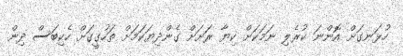
ހުޅަނގަށް އޮންނަ ކުރެލި ނަމަކަށް ކިޔާ ރަށަށް ގެންދިޔަކަމަށް ތަހުގީގަށް ހެކިބަސް ދިން